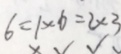
6 = 1 \times 6 = 2 \times 3